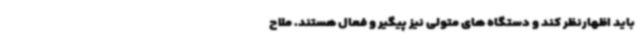
باید اظهارنظر کند و دستگاه های متولی نیز پیگیر و فعال هستند. ملاح